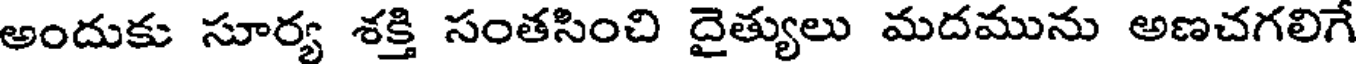
అందుకు సూర్య శక్తి సంతసించి దైత్యులు మదమును అణచగలిగే